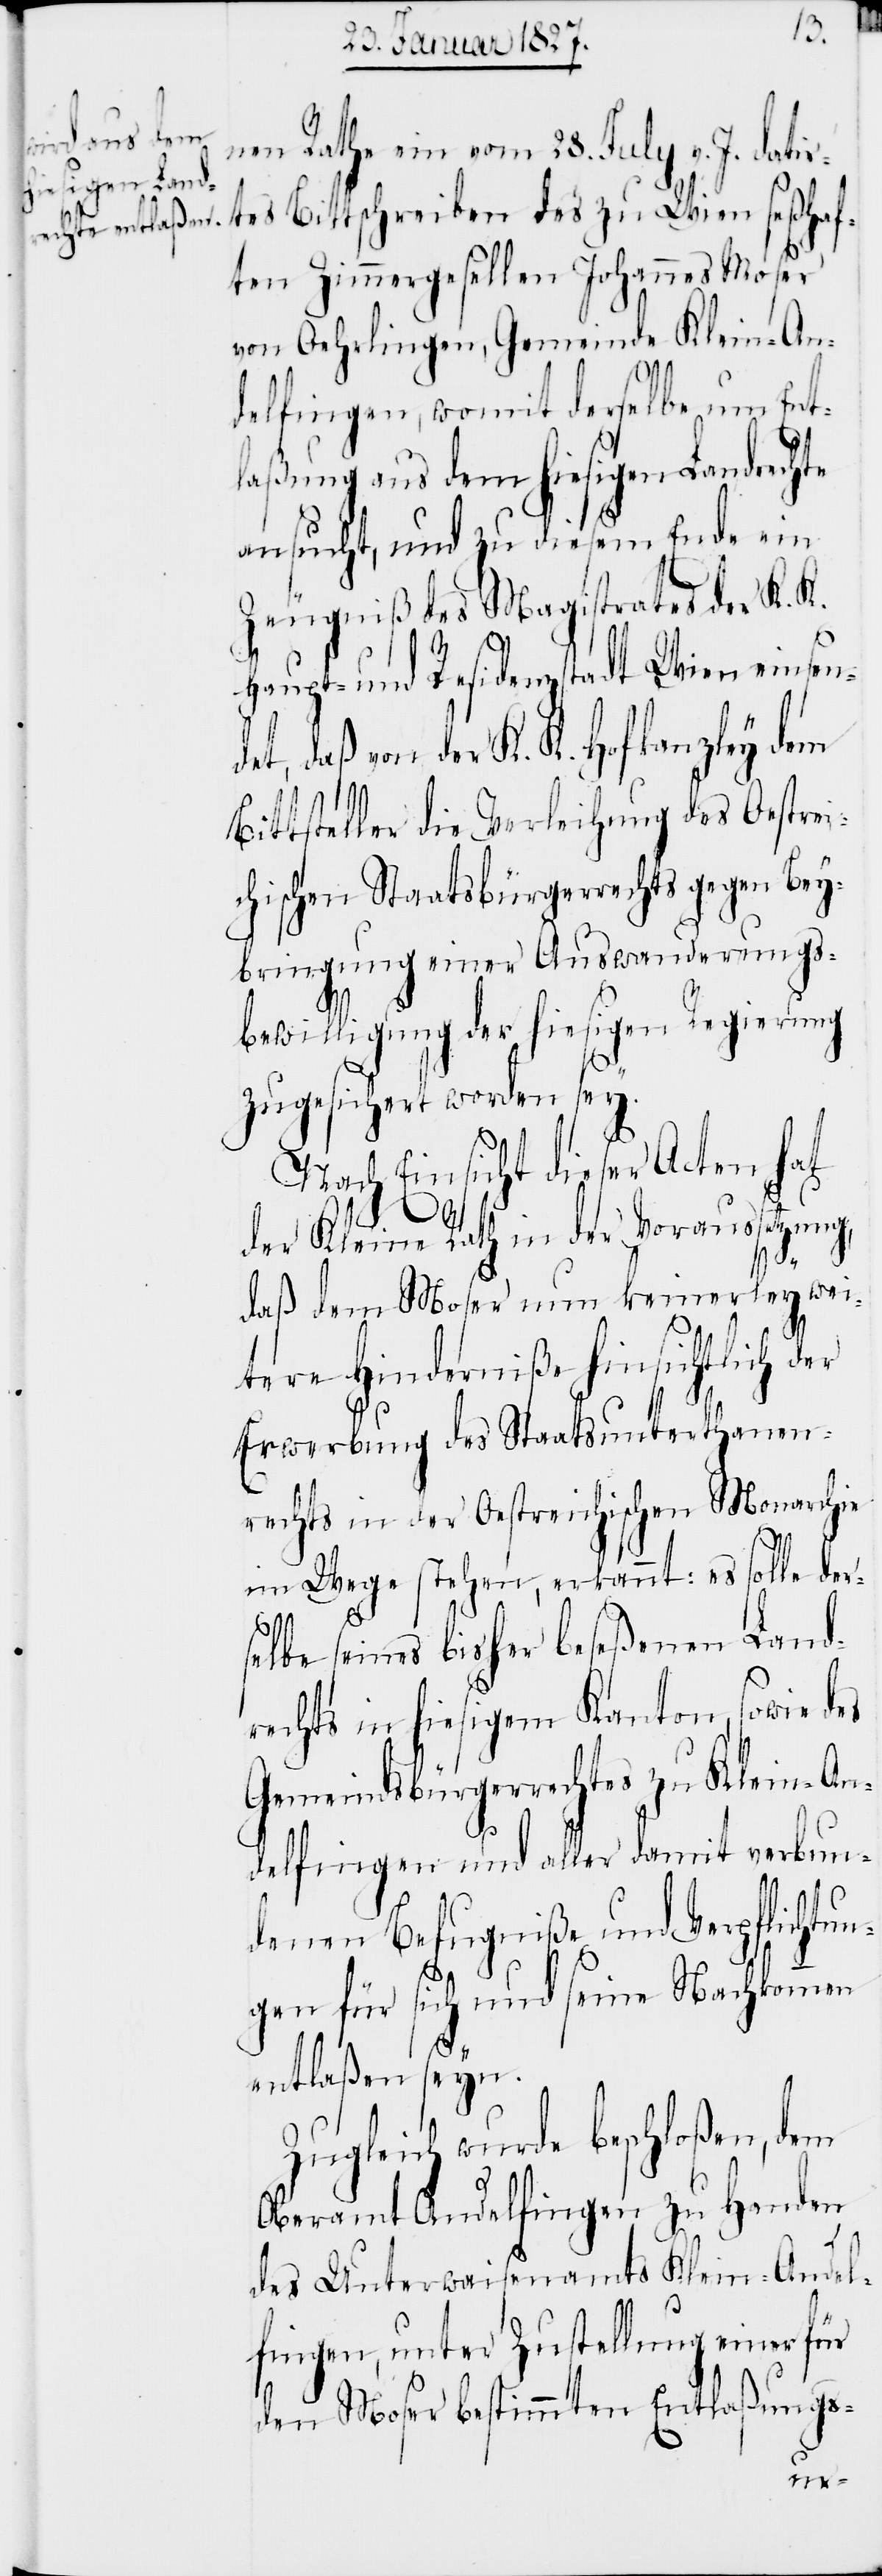
oßen, dem
enen Land¬

tla¬
nen Rathe ein vom 28. July v. J. datir¬
tes Bittschreiben des zu Wien seßh¬
ten Zimmergesellen Johannes Moser
von Oehrlingen, Gemeinde Klein-An¬
delfingen, womit derselbe um Ent¬
laßung aus dem hiesigen Landrechte
ansucht, und zu diesem Ende ein
Zeugniß des Magistrates der K. K.
Haupt- und Residenzstadt Wien einsen¬
et, daß von der K. K. Hofkanzley dem
Bittsteller die Verleihung des Oestre¬
chischen Staatsbürgerrechts gegen Bey¬
bringung einer Auswanderung¬
sbewilligung der hiesigen Regierung
zugesichert worden sey.
Nach Einsicht dieser Acten hat
Ver¬
tun¬
der Kleine Rath in der Vo¬
daß dem Moser nun kein¬
i¬
tere Hinderniße hinsic¬
Erwerbung des Staatsunterth¬
an¬
enrechts in der Oestreichischen Monarchie
im Wege stehen, erkannt:
ne
selbe seines bisher beseß¬
rechts in hiesigem Kanton,
Gemeindsbürgerrechtes zu Kl¬
delfingen und aller dami¬
t
denen Befugniße
gen für sich und sei¬
entlaßen seyn.
Zugleich wurde beschl¬
Oberamt Andelfingen
des Unterwaisenamts Klein-A¬
lfingen, unter Zustellung einer für
ßungs-
den Moser bestimmten En¬